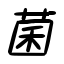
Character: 菌